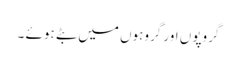
گروپوں اور گروہوں میں بٹے ہوئے ۔